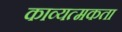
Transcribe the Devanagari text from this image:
काव्यत्मकता